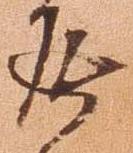
返